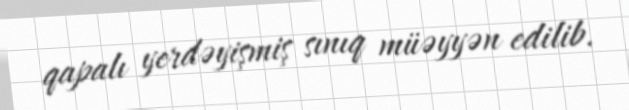
qapalı yerdəyişmiş sınıq müəyyən edilib.